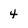
Character: 4